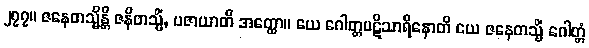
၂၇၇။ ဇနေတသ္မိန္တိ ဇနိတသ္မိံ, ပဇာယာတိ အတ္ထော။ ယေ ဂေါတ္တပဋိသာရိနောတိ ယေ ဇနေတသ္မိံ ဂေါတ္တံ